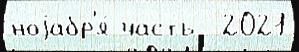
ноjабр'я́ часть  2021